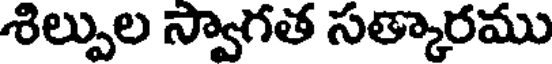
శిల్పుల స్వాగత సత్కారము